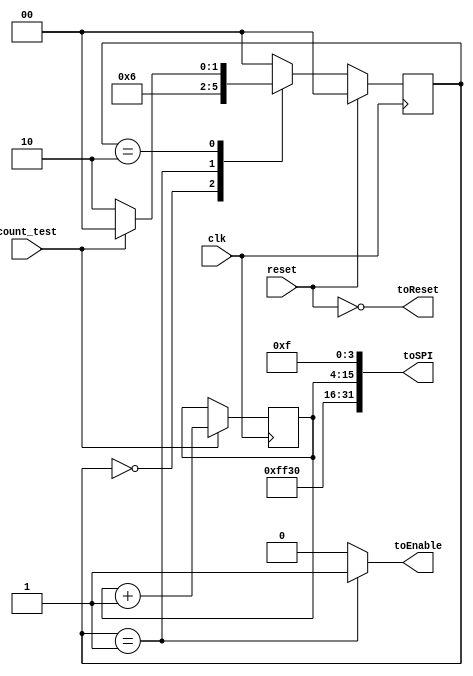
`timescale 1ns / 1ps
//////////////////////////////////////////////////////////////////////////////////
// Company: 
// Engineer: 
// This is intended to be a quick test to demostrate the SPI and DAC on an oscilliscope
// It's just a basic counter which stops until it recieves a ready signal
// Design Name: 
// Module Name:    DAC_TEST 
// Project Name: 
// Target Devices: 
// Tool versions: 
// Description: 
//
// Dependencies: 
//
// Revision: 
// Revision 0.01 - File Created
// Additional Comments: 
//
//////////////////////////////////////////////////////////////////////////////////
module DAC_TEST(
    input clk,
	 input count_test,
	 input reset,
    output [31:0] toSPI,
	 output reg toEnable,
	 output toReset
	 
    );

reg [1:0] PS, NS;
parameter idle = 0;
parameter sendEnable = 1;
parameter doNothing = 2;
reg [11:0] DAC_Count = 0;

always@(posedge clk)
begin
	if(reset)
		PS <= idle;
	else
		PS <= NS;

end
//NS logic
always@(*)
begin
	NS <= idle;
	case(PS)
		idle				:	NS <= sendEnable;
		sendEnable		:	NS <= doNothing;
		doNothing		: 	NS	<= (count_test) ? idle : doNothing;
		default			:	NS <=	idle;
	endcase 
end

//PS logic
always@(*)
begin
	toEnable <= 0;
	case(PS)
		sendEnable	:	toEnable <= 1;
		default		:	toEnable <= 0;

	endcase
end

//Counter, 


always@(posedge clk)
	if(count_test)
	begin
		DAC_Count <= DAC_Count + 1;
	end	

//first 8 bits are dont cares, the next 4 bits are a command
//which tell the dac to write and update
//the next is telling the DACS to use DAC A,  the next 4 is the DAC output
//the remaining are dont cares
assign toSPI = {8'b11111111, 4'b0011,4'b0000,DAC_Count,4'b1111};
//assign toSPI = {8'b11111111, 4'b0011,4'b0000,12'b111111111111,4'b1111};
assign toReset = ~reset;
endmodule